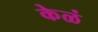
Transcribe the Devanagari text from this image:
केळं